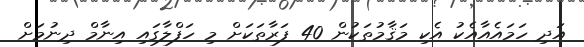
އަދި ހަމައެއާއެކު އެކި މަޤާމުތަކުން 40 ފަރާތަކަށް މި ހަފްލާގައި އިނާމް ދިނުމަށް